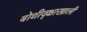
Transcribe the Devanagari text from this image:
बोधीवृक्षाखाली